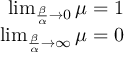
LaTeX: \begin{array} { r } { \operatorname* { l i m } _ { { \frac { \beta } { \alpha } } \to 0 } \mu = 1 } \\ { \operatorname* { l i m } _ { { \frac { \beta } { \alpha } } \to \infty } \mu = 0 } \end{array}